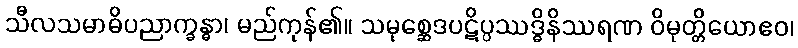
သီလသမာဓိပညာက္ခန္ဓာ၊ မည်ကုန်၏။ သမုစ္ဆေဒပဋိပ္ပဿဒ္ဓိနိဿရဏ ဝိမုတ္တိယောဧဝ၊